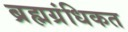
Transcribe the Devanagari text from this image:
ब्रह्मग्रंधिकत